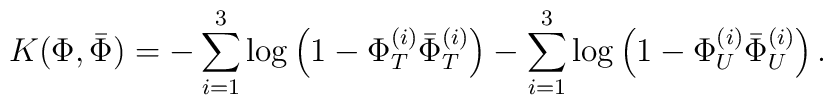
K(\Phi,{\bar\Phi})=-\sum^3_{i=1}\log\left(1-\Phi^{(i)}_T{\bar\Phi}^{(i)}_T\right)-\sum^3_{i=1}\log\left(1-\Phi^{(i)}_U{\bar\Phi}^{(i)}_U\right).